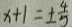
x + 1 = \pm \frac { 4 } { 5 }